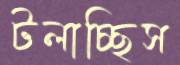
টলাচ্ছিস